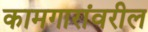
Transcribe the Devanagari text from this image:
कामगारांवरील